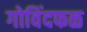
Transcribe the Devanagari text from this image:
गोविंदफळ